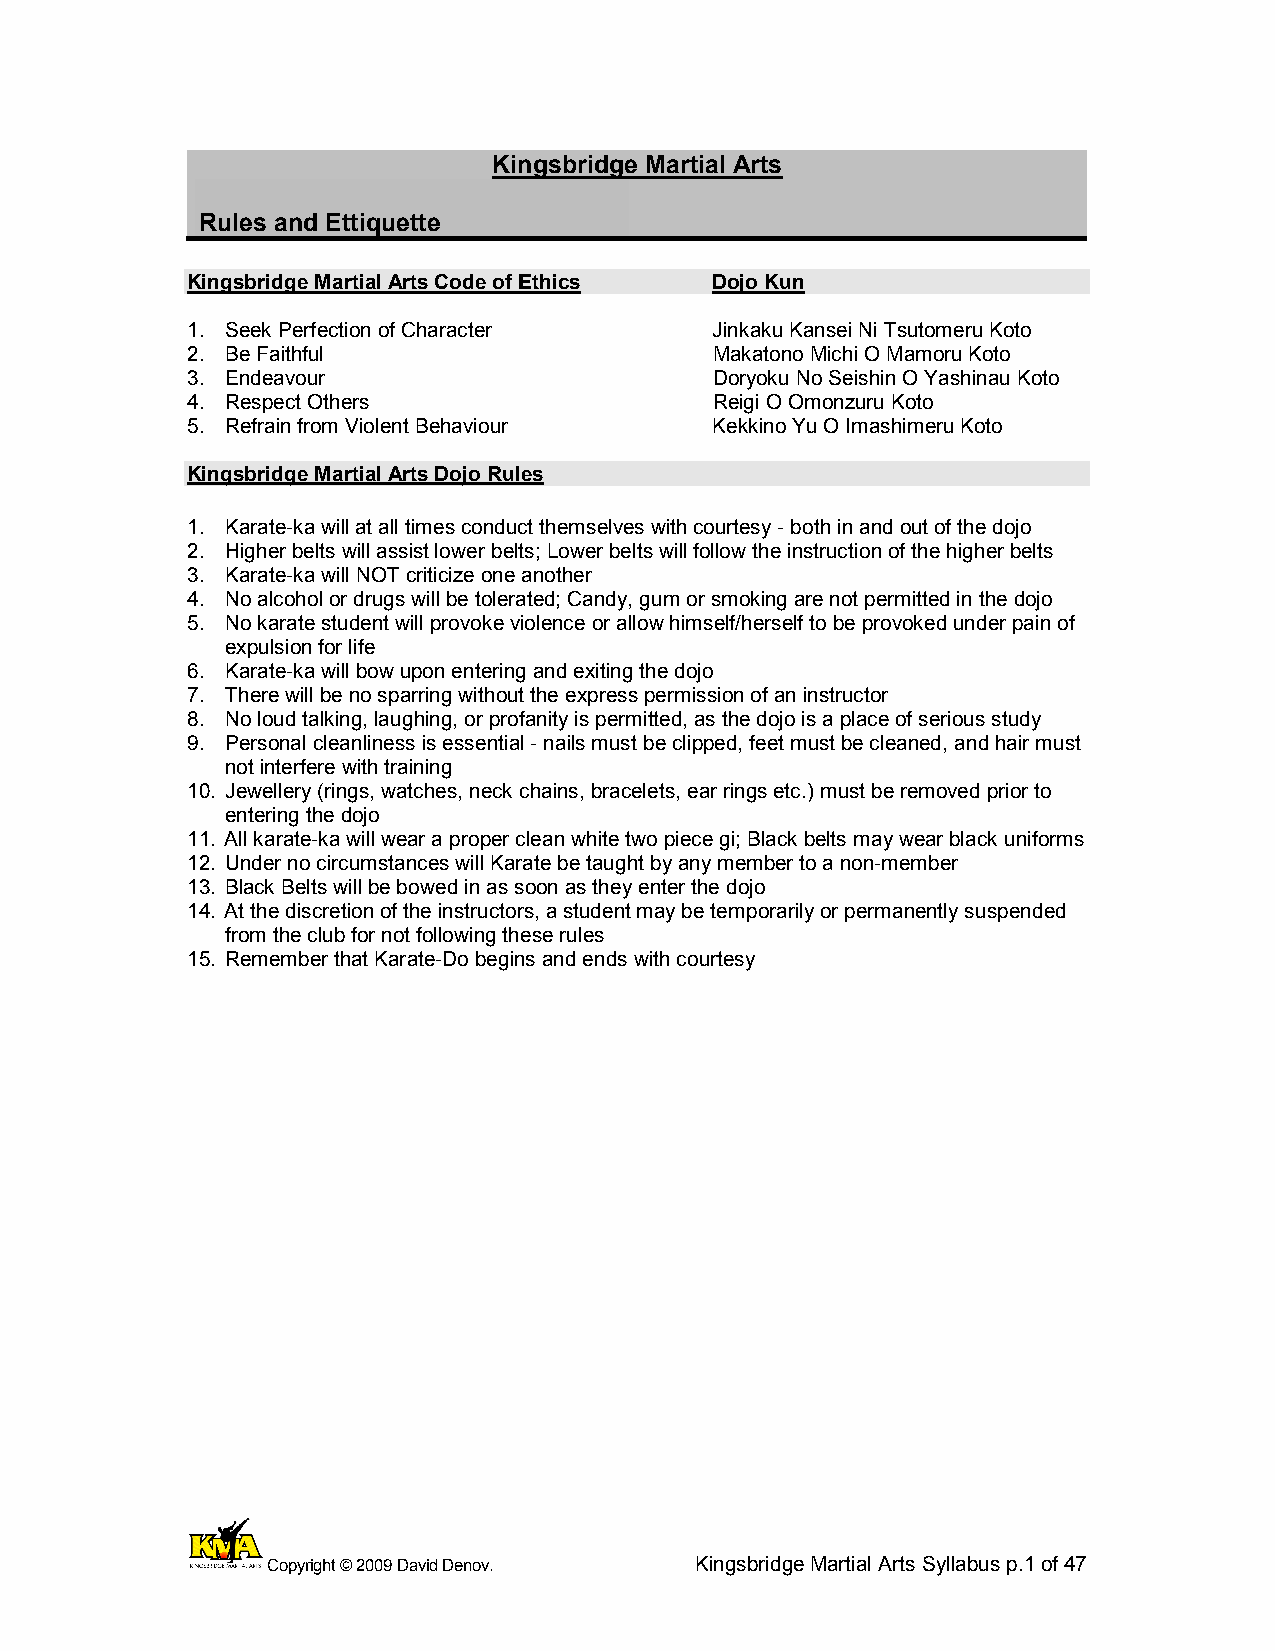
Kingsbridge Martial Arts
 Rules and Ettiquette
 Kingsbridge Martial Arts Code of Ethics Dojo Kun
 1. Seek Perfection of Character    Jinkaku Kansei Ni Tsutomeru Koto
 2. Be Faithful                     Makatono Michi O Mamoru Koto
 3. Endeavour                       Doryoku No Seishin O Yashinau Koto
 4. Respect Others                  Reigi O Omonzuru Koto
 5. Refrain from Violent Behaviour  Kekkino Yu O Imashimeru Koto
 Kingsbridge Martial Arts Dojo Rules
 1. Karate-ka will at all times conduct themselves with courtesy - both in and out of the dojo
 2. Higher belts will assist lower belts; Lower belts will follow the instruction of the higher belts
 3. Karate-ka will NOT criticize one another
 4. No alcohol or drugs will be tolerated; Candy, gum or smoking are not permitted in the dojo
 5. No karate student will provoke violence or allow himself/herself to be provoked under pain of
 expulsion for life
 6. Karate-ka will bow upon entering and exiting the dojo
 7. There will be no sparring without the express permission of an instructor
 8. No loud talking, laughing, or profanity is permitted, as the dojo is a place of serious study
 9. Personal cleanliness is essential - nails must be clipped, feet must be cleaned, and hair must
 not interfere with training
 10. Jewellery (rings, watches, neck chains, bracelets, ear rings etc.) must be removed prior to
 entering the dojo
 11. All karate-ka will wear a proper clean white two piece gi; Black belts may wear black uniforms
 12. Under no circumstances will Karate be taught by any member to a non-member
 13. Black Belts will be bowed in as soon as they enter the dojo
 14. At the discretion of the instructors, a student may be temporarily or permanently suspended
 from the club for not following these rules
 15. Remember that Karate-Do begins and ends with courtesy
 Copyright © 2009 David Denov. Kingsbridge Martial Arts Syllabus p.1 of 47